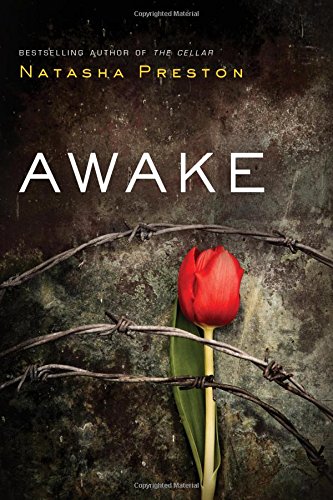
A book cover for Awake; Natasha Preston; Teen & Young Adult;